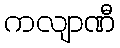
ကလျာဏီ